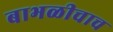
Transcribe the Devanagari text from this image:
बाभळीचाच